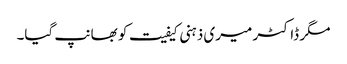
مگر ڈاکٹر میری ذہنی کیفیت کو بھانپ گیا۔